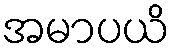
အမာပယိ